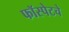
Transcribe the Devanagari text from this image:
फॉस्पेटचे